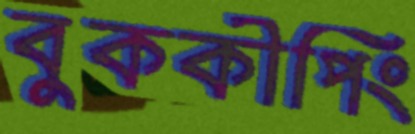
বুককীপিং